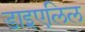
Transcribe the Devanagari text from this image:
डाइएलिल